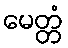
မေတ္တံ